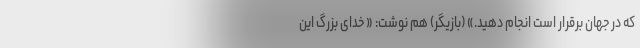
که در جهان برقرار است انجام دهید.» (بازیگر) هم نوشت: « خدای بزرگ این